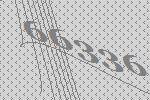
66336